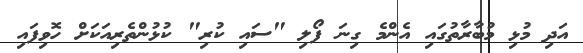
އަދި މުޅި މުބާރާތުގައި އެންމެ ގިނަ ފޯލި "ސައި ކުރި" ކުޅުންތެރިއަކަށް ހޮވިފައި